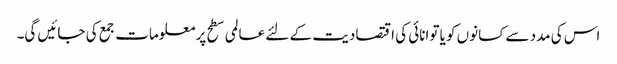
اس کی مدد سے کسانوں کو یا توانائی کی اقتصادیت کے لئے عالمی سطح پر معلومات جمع کی جائیں گی۔